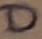
Text: D